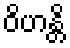
ဝိဟန္တိ